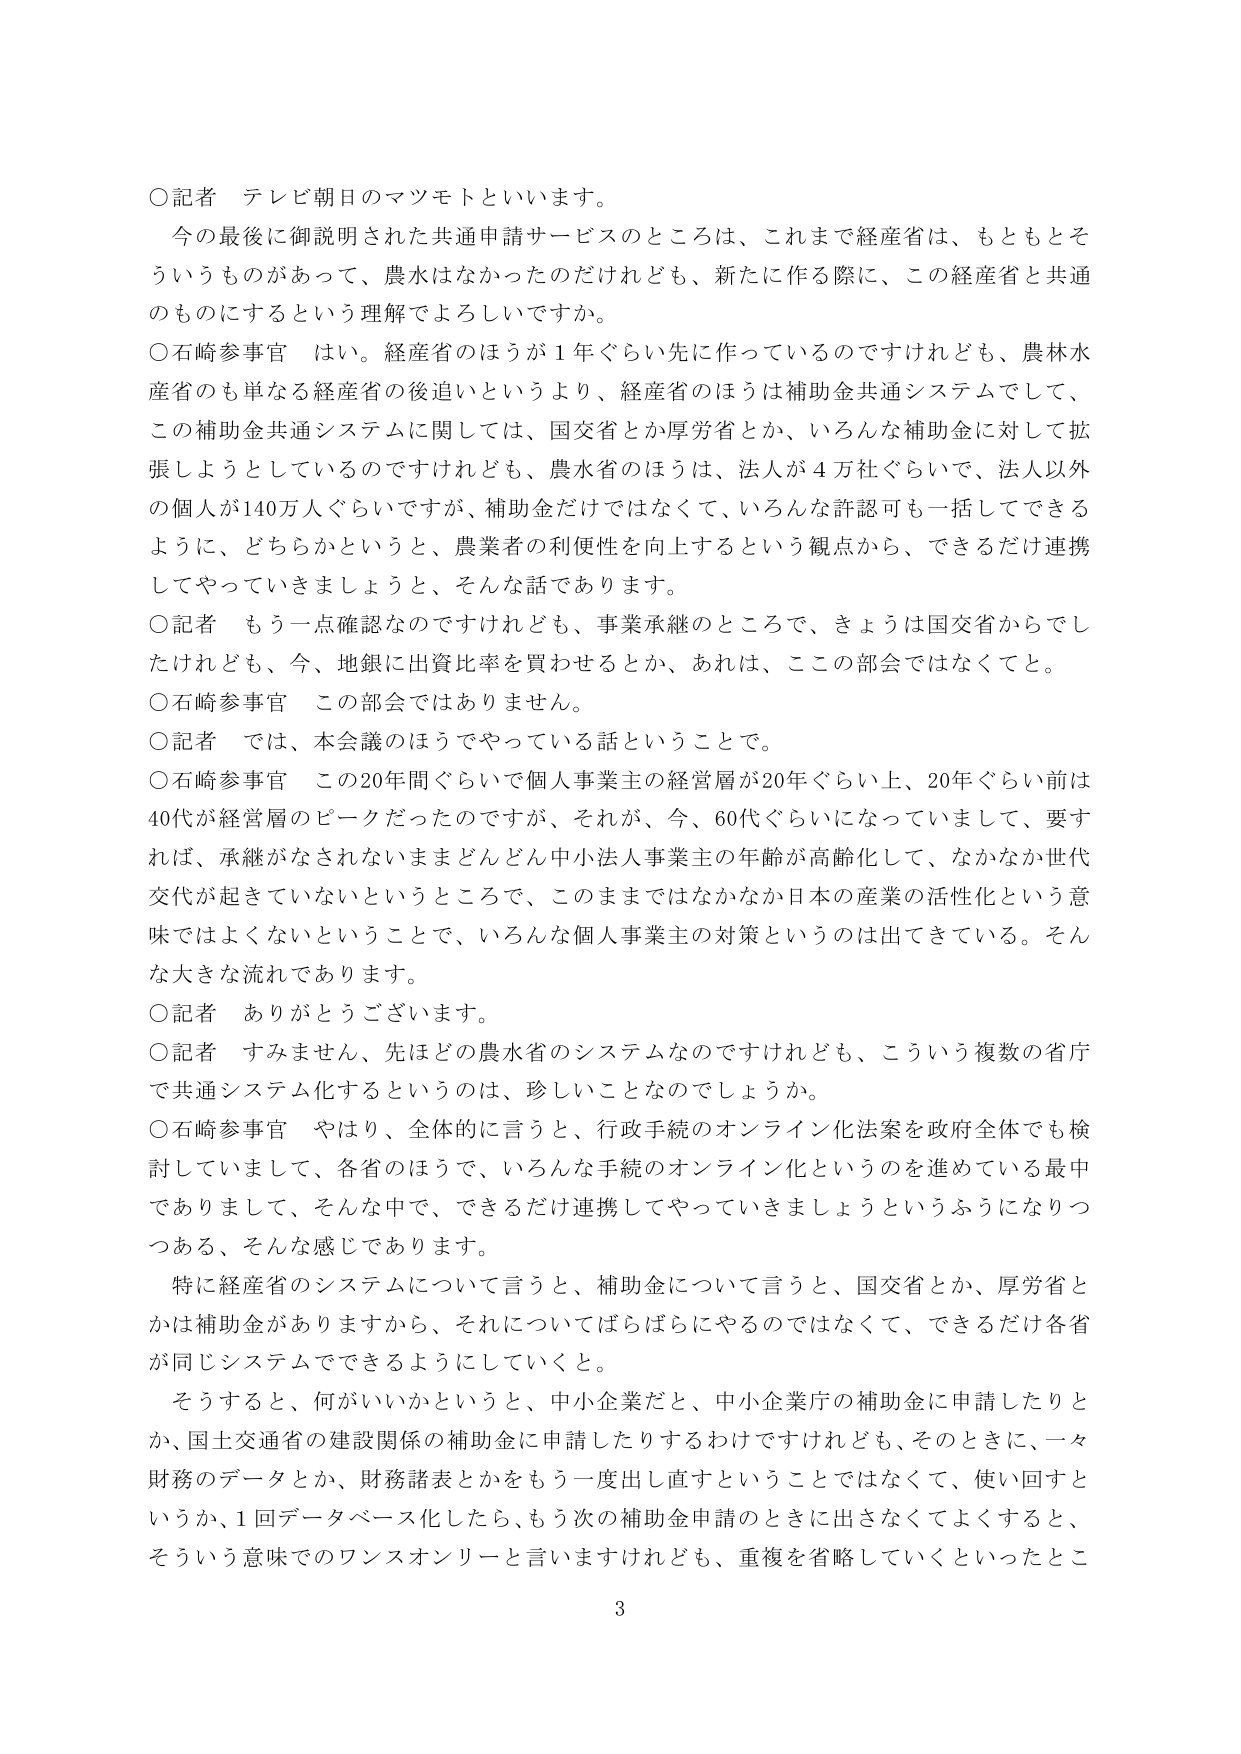
○記者 テレビ朝日のマツモトといいます。
今の最後に御説明された共通申請サービスのところは、これまで経産省は、もともとそういうものがあって、農水はなかったのだけれども、新たに作る際に、この経産省と共通のものにするという理解でよろしいですか。
○石崎参事官 はい。経産省のほうが1年ぐらい先に作っているのですけれども、農林水産省のも単なる経産省の後追いというより、経産省のほうは補助金共通システムでして、この補助金共通システムに関しては、国交省とか厚労省とか、いろんな補助金に対して拡張しようとしているのですけれども、農水省のほうは、法人が4万社ぐらいで、法人以外の個人が140万人ぐらいですが、補助金だけではなくて、いろんな許認可も一括してできるように、どちらかというと、農業者の利便性を向上するという観点から、できるだけ連携してやっていきましょうと、そんな話であります。
○記者 もう一点確認なのですがけれども、事業承継のところで、きょうは国交省からでしたけれども、今、地銀に出資比率を買わせるとか、あれは、ここの部会ではなくてと。
○石崎参事官 この部会ではありません。
○記者 では、本会議のほうでやっている話ということで。
○石崎参事官 この20年間ぐらいで個人事業主の経営層が20年ぐらい上、20年ぐらい前は40代が経営層のピークだったのですが、それが、今、60代ぐらいになってしまって、要すれば、承継がなされないままどんどん中小法人事業主の年齢が高齢化して、なかなか世代交代が起きていないというところで、このままではなかなか日本の産業の活性化という意味ではよくないということで、いろんな個人事業主の対策というのは出てきている。そんな大きな流れであります。
○記者 ありがとうございます。
○記者 すみません、先ほどの農水省のシステムなのですがけれども、こういう複数の省庁で共通システム化するというのは、珍しいことなのでしょうか。
○石崎参事官 やはり、全体的に言うと、行政手続のオンライン化法案を政府全体でも検討していまして、各省のほうで、いろんな手続のオンライン化というのを進めている最中でありますして、そんな中で、できるだけ連携してやっていきましょうというふうになりつつある、そんな感じであります。
特に経産省のシステムについて言うと、補助金について言うと、国交省とか、厚労省とかは補助金がありますから、それについてばらばらにやるのではなくて、できるだけ各省が同じシステムでできるようにしていくと。
そうすると、何がいいかというと、中小企業だと、中小企業庁の補助金に申請したりとか、国土交通省の建設関係の補助金に申請したりするわけですがけれども、そのときに、一々財務のデータとか、財務諸表とかをもう一度出し直すということではなくて、使い回すというか、1回データベース化したら、もう次の補助金申請のときに出さなくてよくすると、そういう意味でのワンスオンリーと言いますけれども、重複を省略していくといったとこ
3